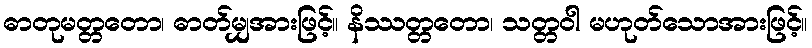
ဓာတုမတ္တတော၊ ဓာတ်မျှအားဖြင့်။ နိဿတ္တတော၊ သတ္တဝါ မဟုတ်သောအားဖြင့်။